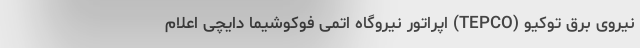
نیروی برق توکیو (TEPCO) اپراتور نیروگاه اتمی فوکوشیما دایچی اعلام